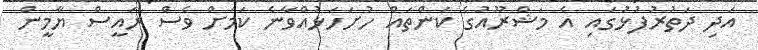
އަދި ދަތުރުފުޅުގައި އެ މަޝްރޫއުގެ ކަންތައް ހުށަހަޅުއްވާނެ ކަމަށް ވެސް ރައީސް ޔާމީން